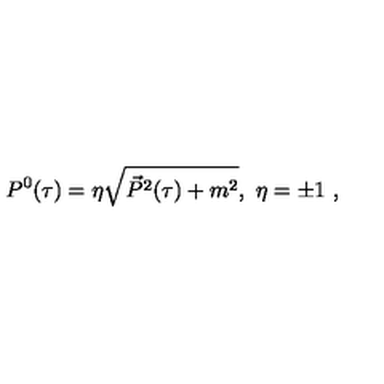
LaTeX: P ^ { 0 } ( \tau ) = \eta \sqrt { \vec { P } ^ { 2 } ( \tau ) + m ^ { 2 } } , \ \eta = \pm 1 \ ,